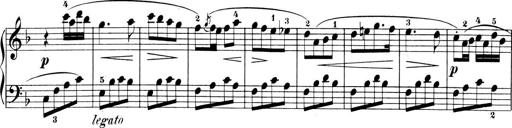
Title: 6 Piano Sonatinas
Composer: Cornelius Gurlitt